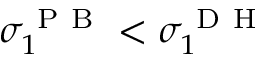
\sigma _ { 1 } ^ { \mathrm { ~ P ~ B ~ } } < \sigma _ { 1 } ^ { \mathrm { ~ D ~ H ~ } }